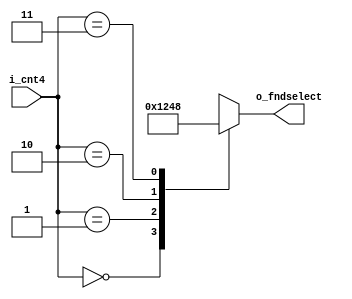
`timescale 1ns / 1ps

module decoder_2x4(
    input [1:0] i_cnt4,
    output [3:0] o_fndselect
    );

    reg [3:0] r_fndselect=0;

    always @(i_cnt4)begin
        case(i_cnt4)
            0: r_fndselect <= 4'b0001;
            1: r_fndselect <= 4'b0010;
            2: r_fndselect <= 4'b0100;
            3: r_fndselect <= 4'b1000;
        endcase
    end
    
    assign o_fndselect = r_fndselect;

endmodule